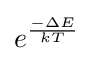
e^{\frac {-\Delta E}{kT}}